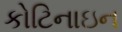
કોટિનાઇન